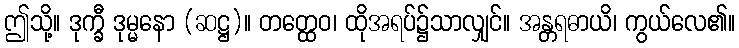
ဤသို့။ ဒုက္ခီ ဒုမ္မနော (ဆဋ္ဌ)။ တတ္ထေဝ၊ ထိုအရပ်၌သာလျှင်။ အန္တရဓာယိ၊ ကွယ်လေ၏။